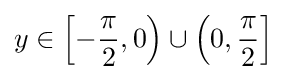
y\in \left[-{\frac {\pi }{2}},0\right)\cup \left(0,{\frac {\pi }{2}}\right]